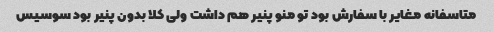
متاسفانه مغایر با سفارش بود تو منو پنیر هم داشت ولی کلا بدون پنیر بود سوسیس